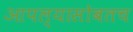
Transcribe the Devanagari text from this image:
आपल्यासोबतच